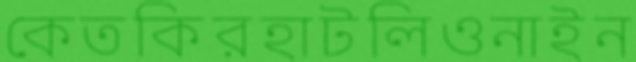
কেতকিরহাটলিওনাইন